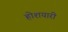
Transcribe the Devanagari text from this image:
होशयारी